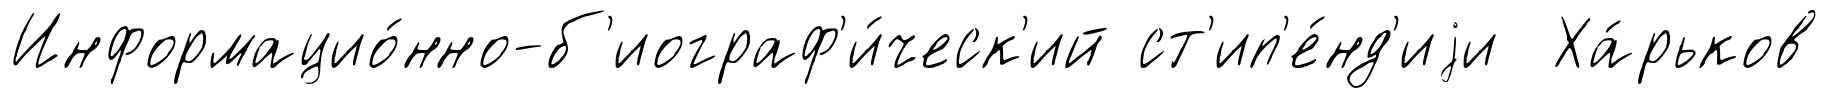
Информацио́нно-б'иограф'и́ческ'ий ст'ип'е́нд'иjи Ха́рьков